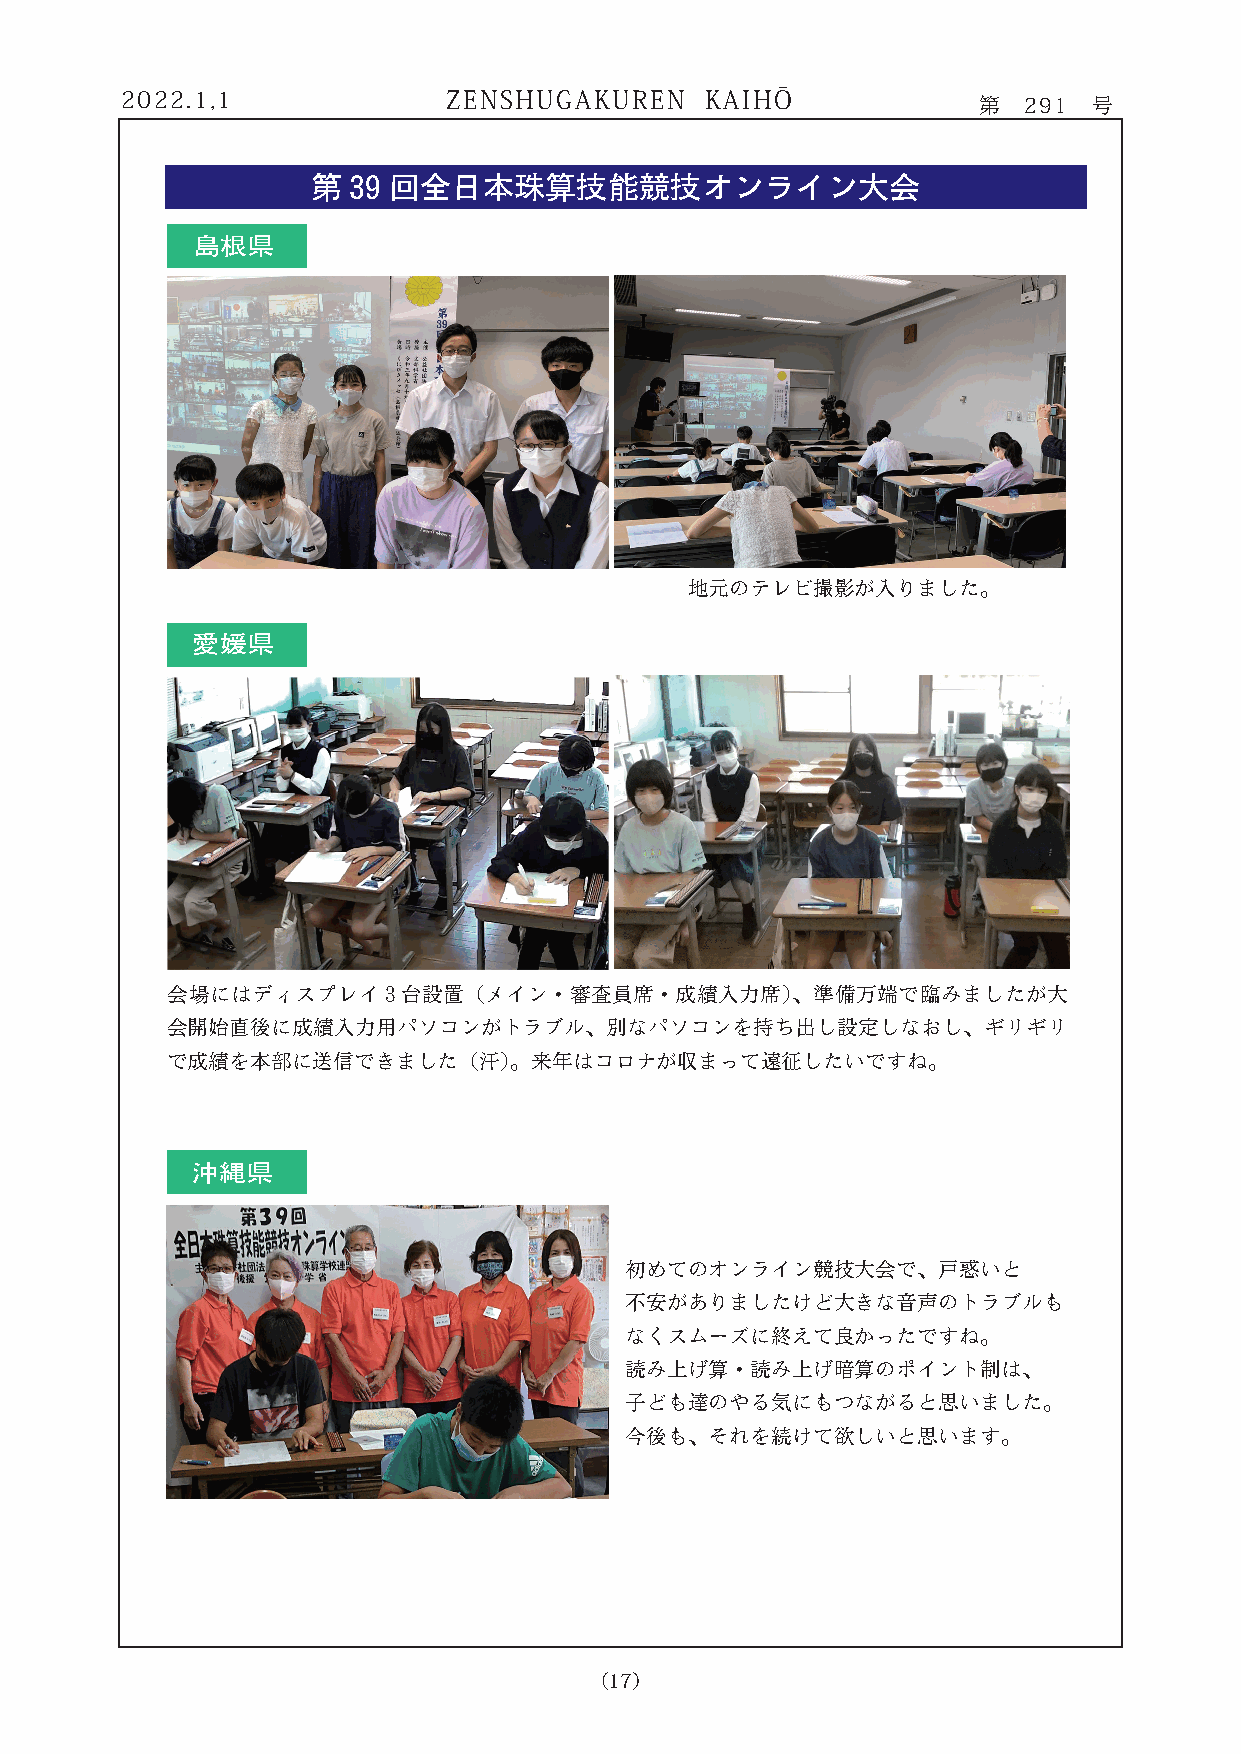
2022.1,1              ZENSHUGAKUREN    KAIHŌ             第  291 号
 第 39 回全日本珠算技能競技オンライン大会
 島根島根県
 a                         b
 地元のテレビ撮影が入りました。
 愛媛県
 愛媛
 CC                                dd
 会場にはディスプレイ3台設置（メイン・審査員席・成績入力席）、準備万端で臨みましたが大
 会開始直後に成績入力用パソコンがトラブル、別なパソコンを持ち出し設定しなおし、ギリギリ
 で成績を本部に送信できました（汗）。来年はコロナが収まって遠征したいですね。
 沖縄
 沖縄県
 初めてのオンライン競技大会で、戸惑いと
 不安がありましたけど大きな音声のトラブルも
 なくスムーズに終えて良かったですね。
 読み上げ算・読み上げ暗算のポイント制は、
 子ども達のやる気にもつながると思いました。
 今後も、それを続けて欲しいと思います。
 （17）